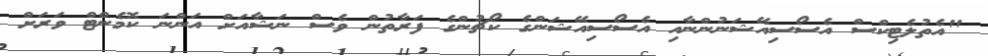
"އެތުލެޓިކްސް އެސޯސިއޭޝަނުންނާއި އެސޯސިއޭޝަންގެ ކޯޗުންގެ ފަރާތުން ވެސް ނަޝާއަށް އަންނަ ކޮމެންޓް ވަރަށް